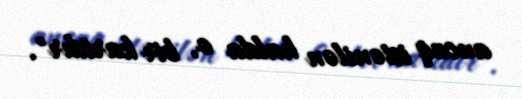
ancaq istənilən halda o, bir kartdır".